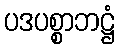
ပဒပစ္စာဘဋ္ဌံ